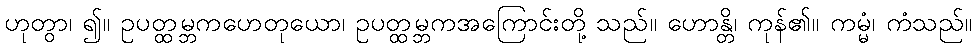
ဟုတွာ၊ ၍။ ဥပတ္ထမ္ဘကဟေတုယော၊ ဥပတ္ထမ္ဘကအကြောင်းတို့ သည်။ ဟောန္တိ၊ ကုန်၏။ ကမ္မံ၊ ကံသည်။